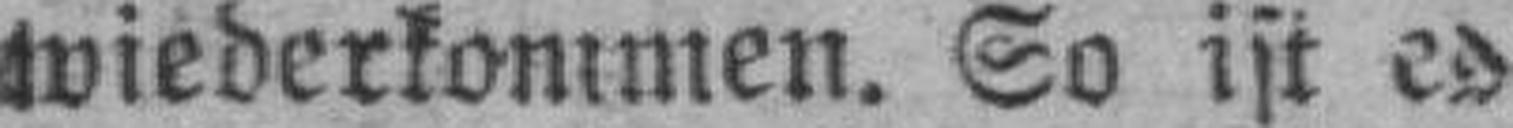
wiederkommen. So ist es